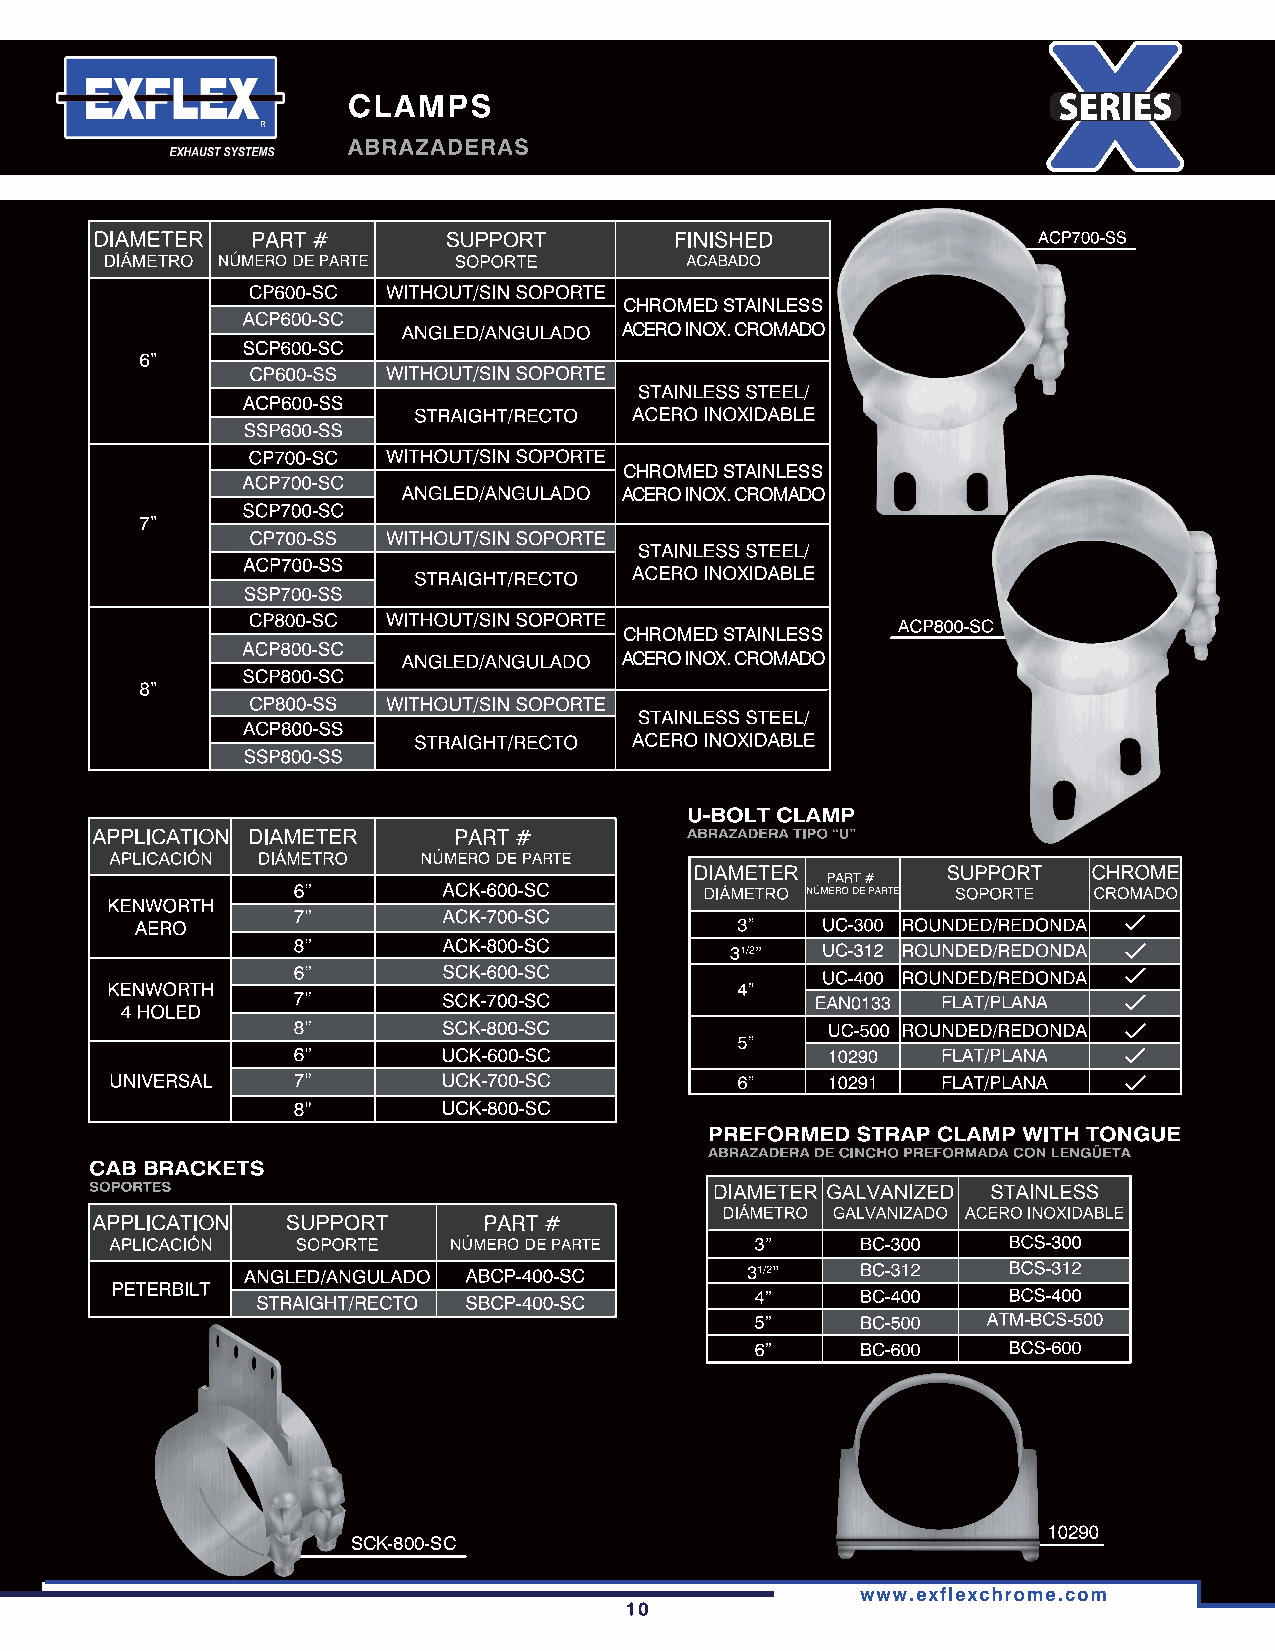
PART#        SUPPORT        FINISHED
 NÚMERO DE PARTE SOPORTE        ACABADO
 CP600-SC WITHOUT/SIN SOPORTE
 CHROMED STAINLESS
 ACP600-SC
 ANGLED/ANGULADO ACERO INOX. CROMADO
 SCP600-SC
 CP600-SS WITHOUT/SIN SOPORTE
 STAINLESS STEEL/
 ACP600-SS
 STRAIGHT/RECTO ACERO INOXIDABLE
 SSP600-SS
 CP700-SC WITHOUT/SIN SOPORTE
 CHROMED STAINLESS
 ACP700-SC
 ANGLED/ANGULADO ACERO INOX. CROMADO
 SCP700-SC
 CP700-SS WITHOUT/SIN SOPORTE
 STAINLESS STEEL/
 ACP700-SS
 STRAIGHT/ RECTO ACERO INOXIDABLE
 SSP700-SS
 CP800-SC WITHOUT/SIN SOPORTE
 CHROMED STAINLESS
 ACP800-SC
 ANGLED/ANGULADO ACERO INOX. CROMADO
 SCP800-SC
 CP800-SS WITHOUT/SIN SOPORTE
 STAINLESS STEEL/
 ACP800-SS
 STRAIGHT/ RECTO ACERO INOXIDABLE
 SSP800-SS
 APPLICATION DIAMETER    PART#
 APLICACIÓN DIÁMETRO  NÚMERO DE PARTE
 -                              DIAMETER PART#   SUPPORT  CHROME
 ACK-600-SC        DIÁMETRO 11'.lúMEAO DE PAAT SOPORTE CROMADO
 KENWORTH
 ACK-700-SC
 AERO                                    3"   UC-300 ROU N DED/REDON DA ✓
 ACK-800-SC         31/2" UC-312 ROU N DED/REDON DA ✓
 SCK-600-SC               UC-400 ROUNDED/REDONDA ✓
 KENWORTH -                                4"
 SCK-700-SC               EAN0133 FLAT/PLANA  ✓
 4 HOLEO
 SCK-800-SC                UC-500 ROU N DED/REDON DA ✓
 5"
 UCK-600-SC                10290  FLAT/PLANA  ✓
 UNIVERSAL   7"        UCK-700-SC          6"    10291  FLAT/PLANA  ✓
 8"        UCK-800-SC
 PREFORMED STRAP CLAMP WITH TONGUE
 ABRAZADERA DE CINCHO PREFORMADA CON LENGÜETA
 CAB BRACKETS
 GALVANIZED STAINLESS
 GAL VAN IZADO ACERO INOXIDABLE
 BC-300    BCS-300
 BCS-312
 BC-400    BCS-400
 ATM-BCS-500
 BCS-600
 SCK-800-SC